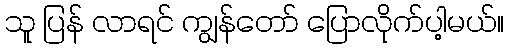
သူ ပြန် လာရင် ကျွန်တော် ပြောလိုက်ပါ့မယ်။